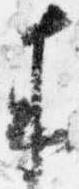
来